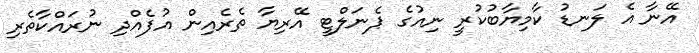
އޭނާ އެ ލަނޑު ކާމިޔާބުކުރީ ނިއުގެ ޕެނަލްޓީ އޭރިޔާ ތެރެއިން އުފެއްދި ނުރައްކާތެރި